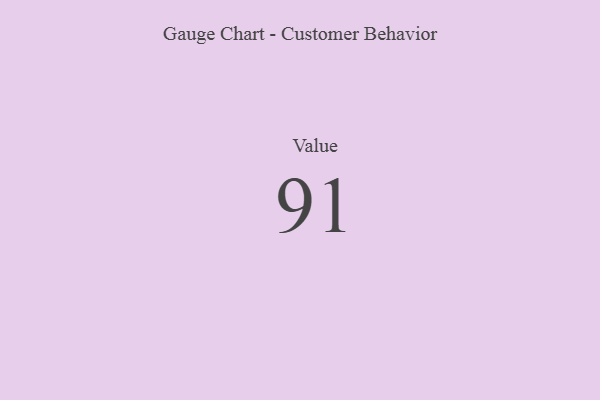
{"axis": {"x": "Metric", "y": "Value"}, "legend": [""], "data": [{"x": "Value", "y": 91, "type": ""}]}